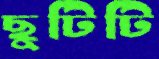
ছুটিটি